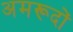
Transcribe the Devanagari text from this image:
अमरूदों